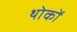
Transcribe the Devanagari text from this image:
थोकों